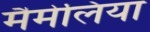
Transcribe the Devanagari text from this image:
मैमेलिया